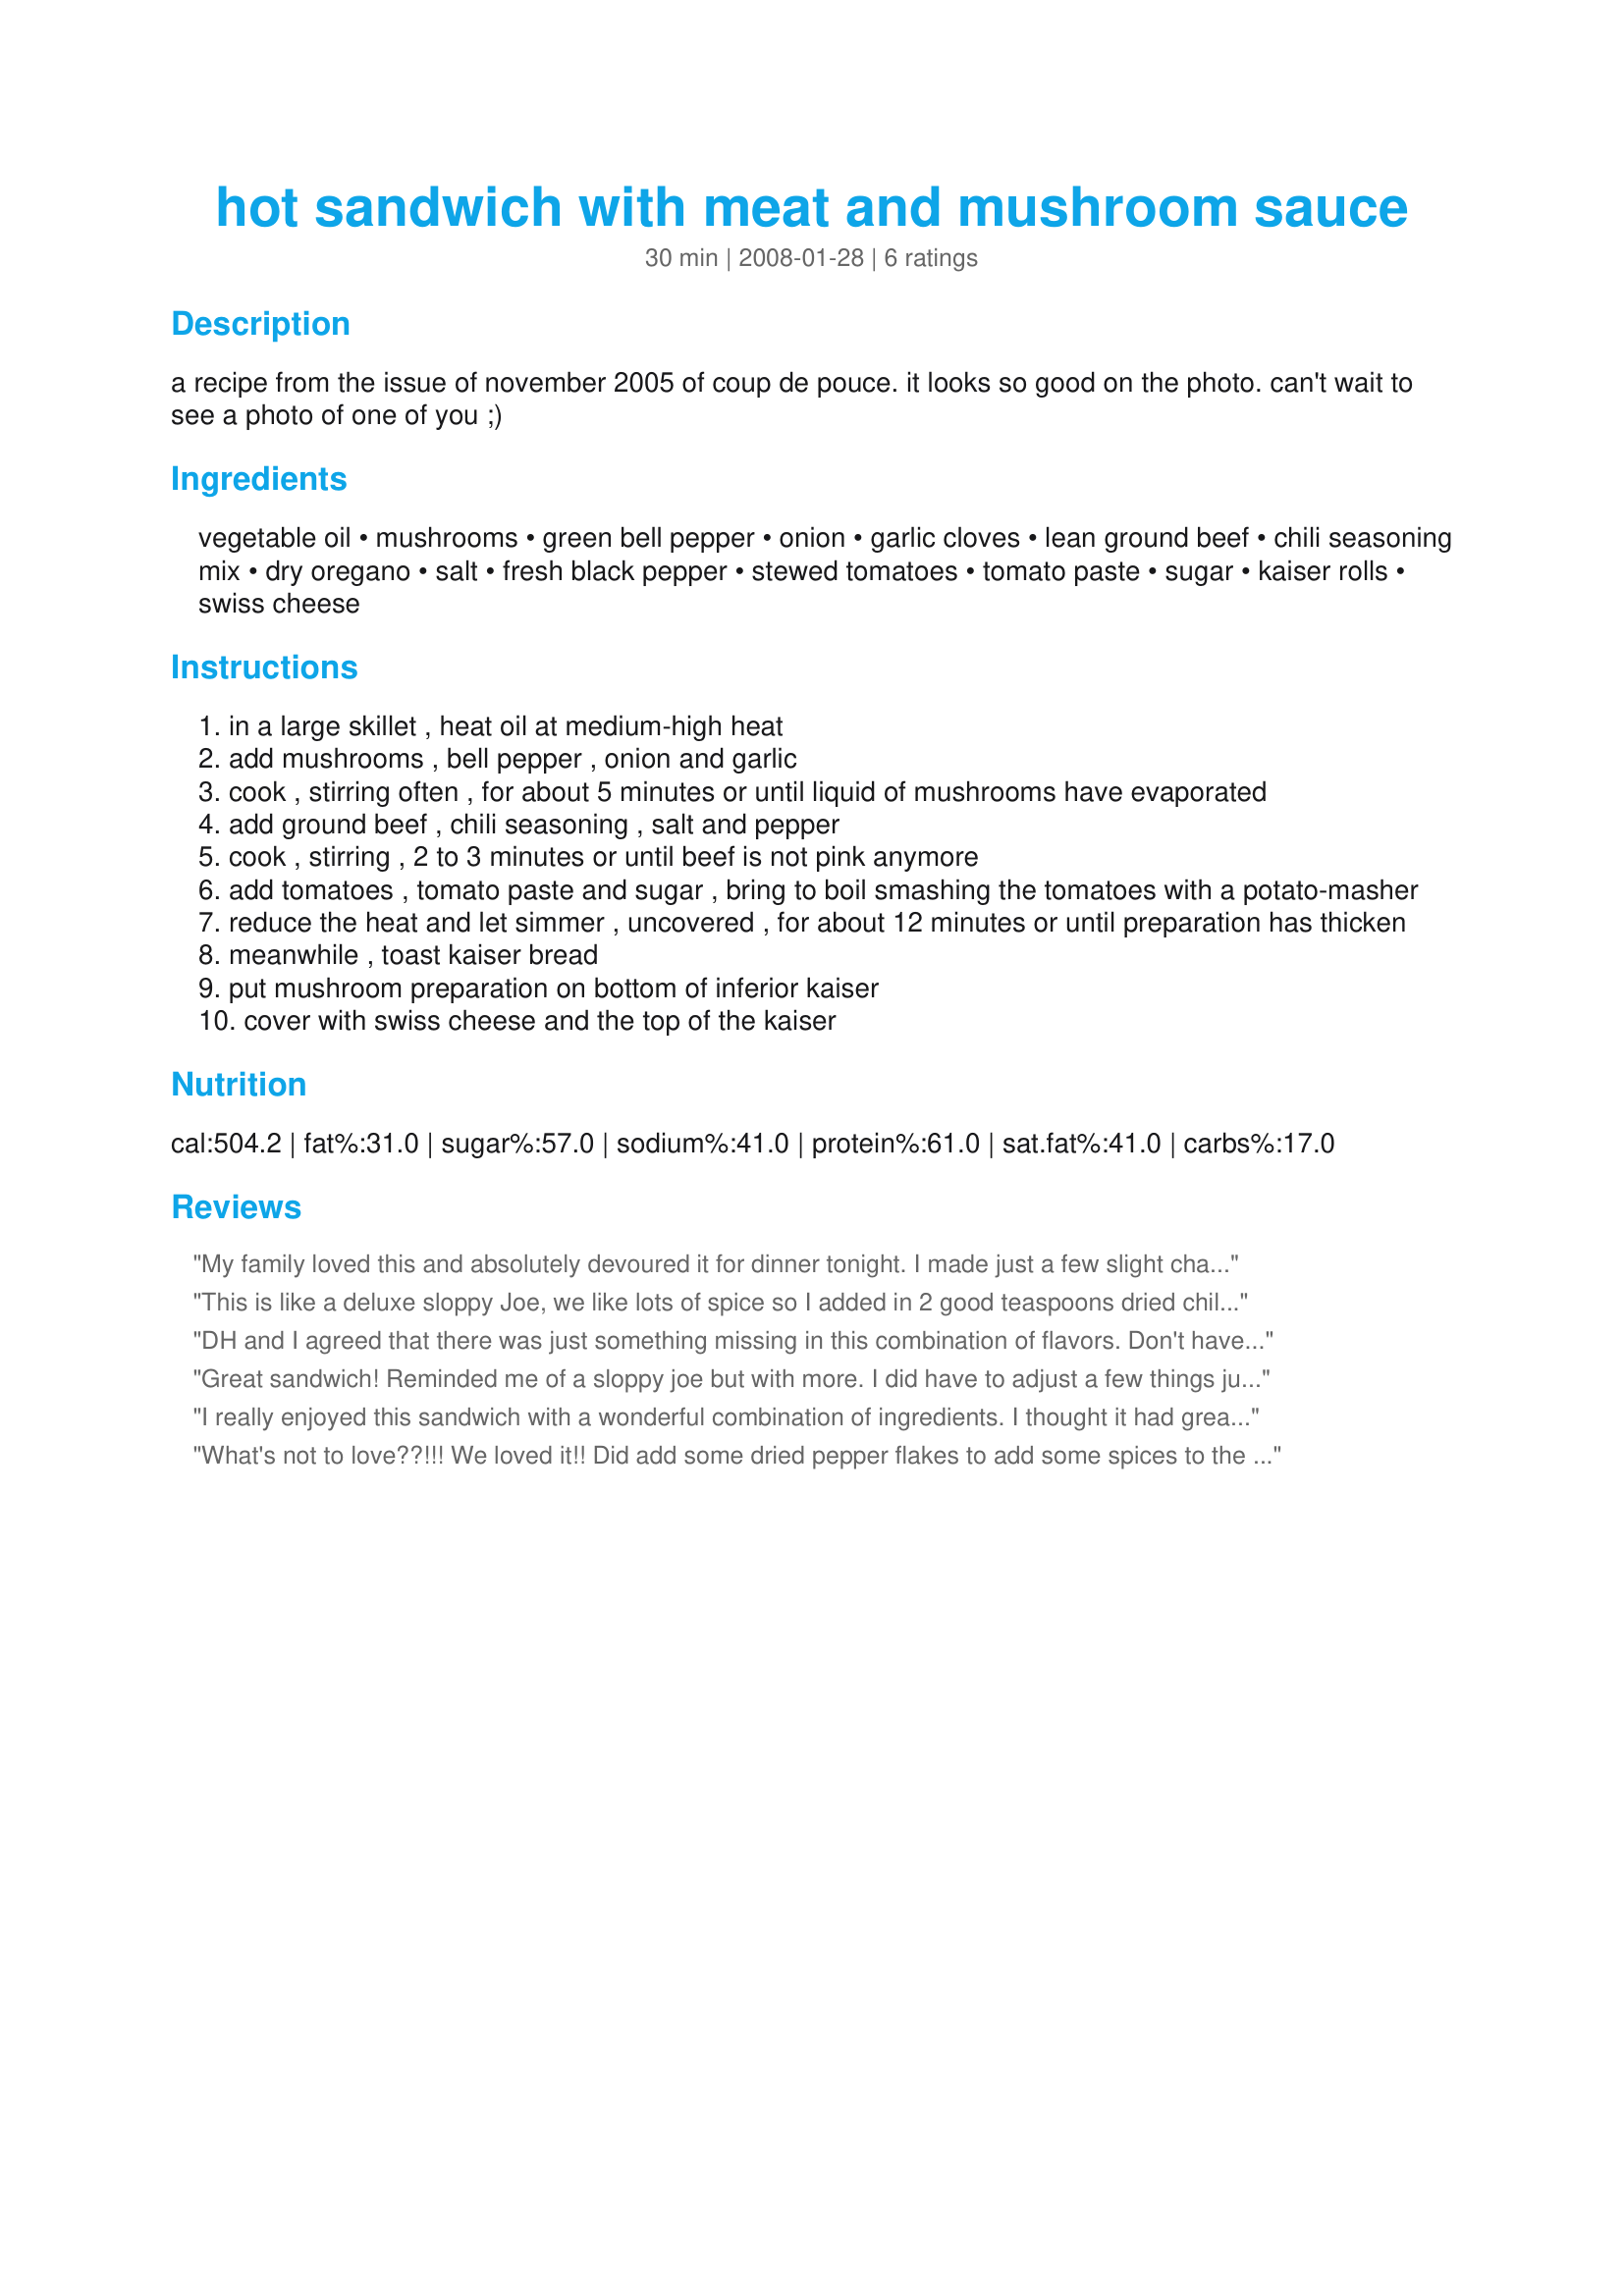
hot sandwich with meat and mushroom sauce
Preparation time: 30 minutes

a recipe from the issue of november 2005 of coup de pouce. it looks so good on the photo. can't wait to see a photo of one of you ;)

Ingredients:
vegetable oil, mushrooms, green bell pepper, onion, garlic cloves, lean ground beef, chili seasoning mix, dry oregano, salt, fresh black pepper, stewed tomatoes, tomato paste, sugar, kaiser rolls, swiss cheese

Steps:
in a large skillet , heat oil at medium-high heat
add mushrooms , bell pepper , onion and garlic
cook , stirring often , for about 5 minutes or until liquid of mushrooms have evaporated
add ground beef , chili seasoning , salt and pepper
cook , stirring , 2 to 3 minutes or until beef is not pink anymore
add tomatoes , tomato paste and sugar , bring to boil smashing the tomatoes with a potato-masher
reduce the heat and let simmer , uncovered , for about 12 minutes or until preparation has thicken
meanwhile , toast kaiser bread
put mushroom preparation on bottom of inferior kaiser
cover with swiss cheese and the top of the kaiser

Reviews:
My family loved this and absolutely devoured it for dinner tonight. I made just a few slight changes: I used red pepper instead of green, and finely chopped the pepper and mushrooms together in my food processor, mostly because I had to be able to hide them in order to get either of my kids to eat those veggies. I then proceeded with the recipe as written, except left off the cheese entirely due to our own dietary needs. I scooped this on top of recipe #169916 and we had a mighty fine meal, indeed.
Thanks, Boomette!
This is like a deluxe sloppy Joe, we like lots of spice so I added in 2 good teaspoons dried chili flakes and increased the garlic to 3 tablespoons, I cooked mine for more than the specified time, almost 1 hour and that really intensified the flavor, we loved this thanks for sharing Booms!
DH and I agreed that there was just something missing in this combination of flavors. Don't have a clue what, but it just didn't come together for us. A little on the tart size. I made as written except did not have kaiser rolls so used hamburger buns and provolone cheese instead of the swiss. Thanks France. Made for Spring Spectacular
Great sandwich! Reminded me of a sloppy joe but with more. I did have to adjust a few things just to use what we had. I used baby bella mushrooms, half red pepper and half green pepper and instead of the stewed tomatoes I used petite diced tomatoes. All in all, don't think I really changed the recipe much and we loved it! I think this would even be good served over pasta or with tortilla chips. Very hearty meal and perfect for today's rain. For the buns I used California Jan's Recipe #296559. Thanks Boomette!!!!
I really enjoyed this sandwich with a wonderful combination of ingredients. I thought it had great flavor and I will definitely be making this one again.
What's not to love??!!! We loved it!! Did add some dried pepper flakes to add some spices to the mix and used a 24 ounce can of diced tomatoes as I used more mushrooms than written. Thanks France! ;)
